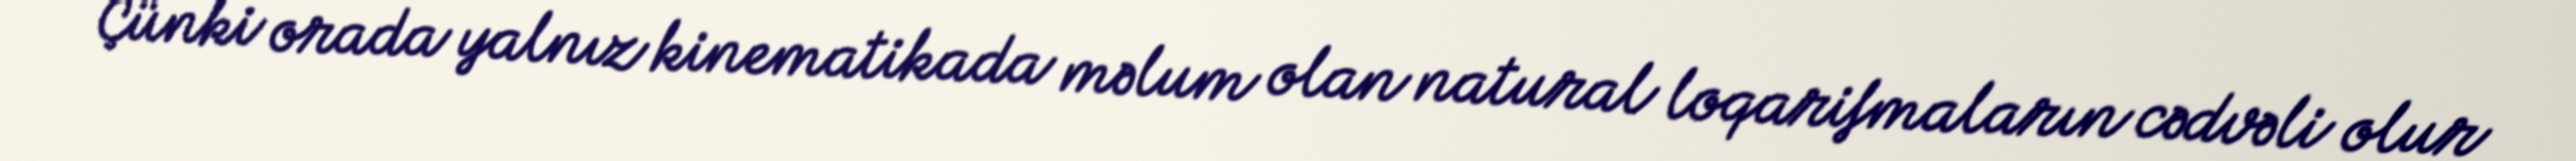
Çünki orada yalnız kinematikada məlum olan natural loqarifmaların cədvəli olur